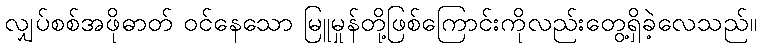
လျှပ်စစ်အဖိုဓာတ် ဝင်နေသော မြူမှုန်တို့ဖြစ်ကြောင်းကိုလည်းတွေ့ရှိခဲ့လေသည်။